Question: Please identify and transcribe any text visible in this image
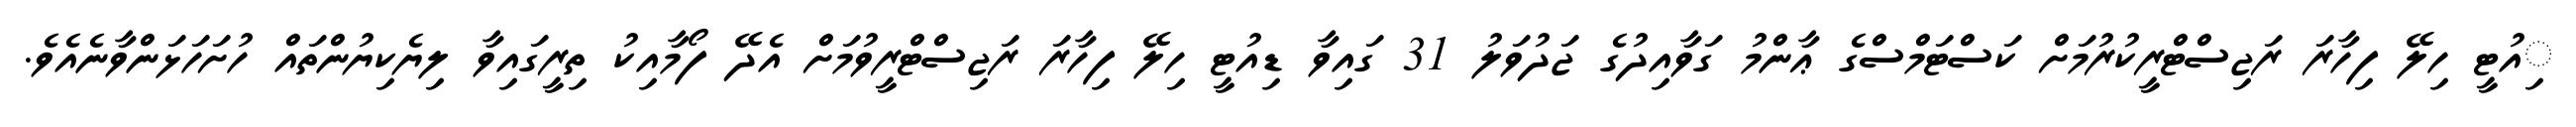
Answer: ިއުޓީ ހިލޭ ފިހާރަ ރަޖިސްޓްރީކުރުމަށް ކަސްޓަމްސްގެ ޢާންމު ގަވާއިދުގެ ޖަދުވަލު 31 ގައިވާ ޑިއުޓީ ހިލޭ ފިހާރަ ރަޖިސްޓްރީވުމަށް އެދޭ ފޯމާއިކު ތިރީގައިވާ ލިޔެކިޔުންތައް ހުށަހަޅަންވާނެއެވެ.